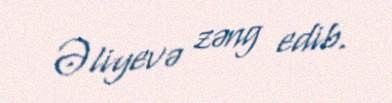
Əliyevə zəng edib.